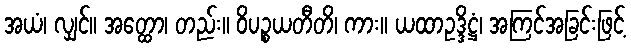
အယံ၊ လျှင်။ အတ္ထော၊ တည်း။ ဝိပဉ္စယတီတိ၊ ကား။ ယထာဥဒ္ဒိဋ္ဌံ၊ အကြင်အခြင်းဖြင့်